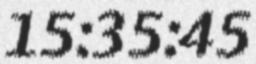
15:35:45